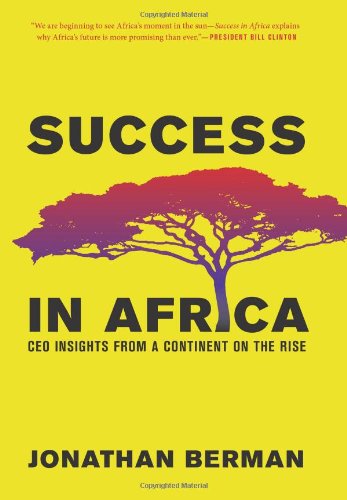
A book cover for Success in Africa: CEO Insights from a Continent on the Rise; Jonathan Berman; Business & Money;